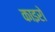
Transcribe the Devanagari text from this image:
काइरो